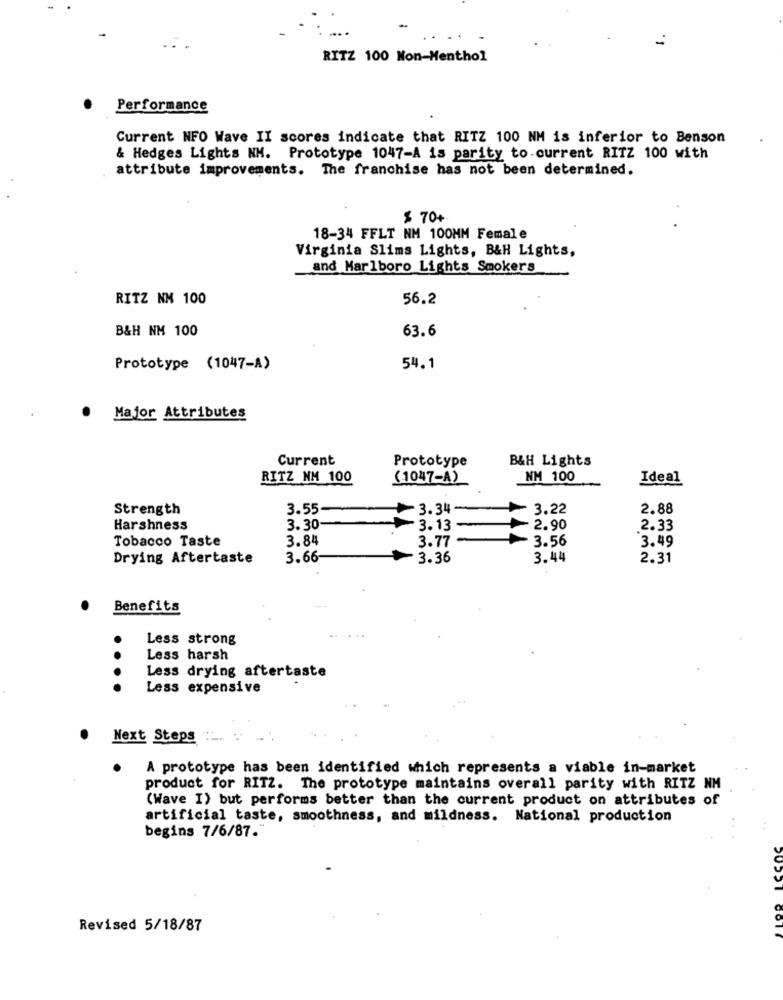
RITZ 100 Non-Menthol
Performance
Current NFO Wave II scores indicate that RITZ 100 NM is inferior to Benson
& Hedges Lights NM. Prototype 1047-A is parity to current RITZ 100 with
attribute improvements. The franchise has not been determined.
$ 70+
18-34 FFLT NM 100MM Female
Virginia Slims Lights, B&H Lights,
and Marlboro Lights Smokers
RITZ NM 100
56.2
B&H NM 100
63.6
Prototype (1047-A)
54.1
Major Attributes
Current
Prototype
B&H Lights
RITZ NM 100
(1047-A)
NM 100
Ideal
Strength
3.55
3.34
3.22
2.88
Harshness
3.30
3.13
2.90
2.33
Tobacco Taste
3.84
3.77
3.56
3.49
Drying Aftertaste
3.66
3.36
3.44
2.31
Benefits
Less strong
Less harsh
Less drying afterta
ste
....
Less expensive
Next Steps
A prototype has been identified which represents a viable in-market
product for RITZ. The prototype maintains overall parity with RITZ NH
(Wave I) but performs better than the current product on attributes of
artificial taste, smoothness, and mildness. National production
begins 7/6/87."
Revised 5/18/87